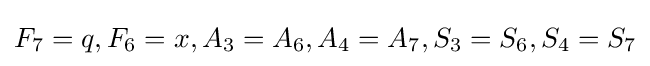
F_{7}=q,F_{6}=x,A_{3}=A_{6},A_{4}=A_{7},S_{3}=S_{6},S_{4}=S_{7}